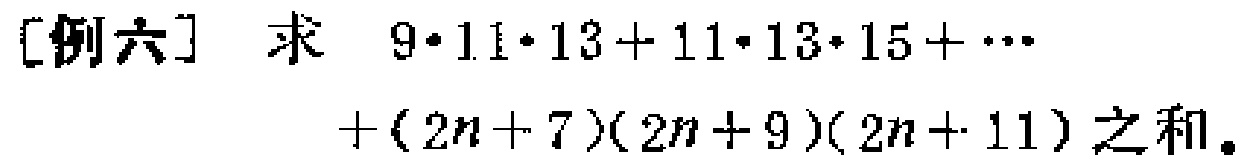
[例六] 求 \(9\cdot11\cdot13 + 11\cdot13\cdot15+\cdots+(2n + 7)(2n + 9)(2n + 11)\) 之和。